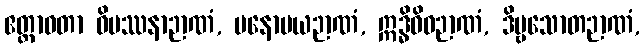
ဧတ္တာဝတာ ဝိပဿနာဉာဏံ, မနောမယဉာဏံ, ဣဒ္ဓိဝိဓဉာဏံ, ဒိဗ္ဗသောတဉာဏံ,